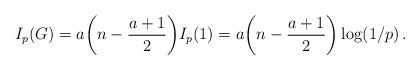
LaTeX: \begin{align*} I_p(G) = a\bigg(n - \frac{a+1}{2}\bigg) I_p(1) = a\bigg(n - \frac{a+1}{2}\bigg) \log(1/p)\,. \end{align*}